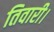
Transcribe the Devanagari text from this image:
तिवारी।